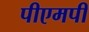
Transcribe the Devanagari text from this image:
पीएमपी